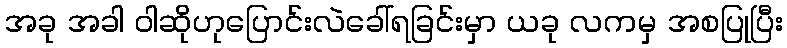
အခု အခါ ဝါဆိုဟုပြောင်းလဲခေါ်ရခြင်းမှာ ယခု လကမှ အစပြုပြီး